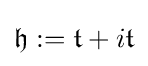
{\mathfrak {h}}:={\mathfrak {t}}+i{\mathfrak {t}}